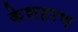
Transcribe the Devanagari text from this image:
केशहरण